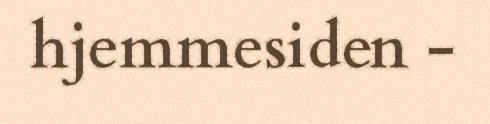
hjemmesiden -